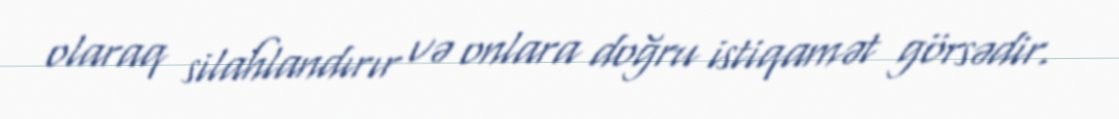
olaraq silahlandırır və onlara doğru istiqamət görsədir.